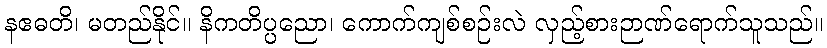
နဧဓတိ၊ မတည်နိုင်။ နိကတိပ္ပညော၊ ကောက်ကျစ်စဉ်းလဲ လှည့်စားဉာဏ်ရောက်သူသည်။